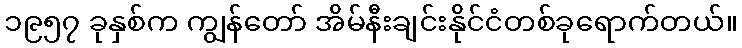
၁၉၅၇ ခုနှစ်က ကျွန်တော် အိမ်နီးချင်းနိုင်ငံတစ်ခုရောက်တယ်။